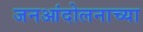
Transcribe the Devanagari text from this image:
जनआंदोलनाच्या